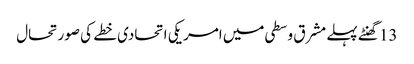
13 گھنٹے پہلے	مشرق وسطی میں امریکی اتحادی خطے کی صورتحال